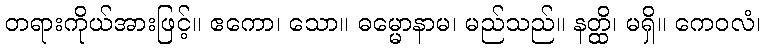
တရားကိုယ်အားဖြင့်။ ဧကော၊ သော။ ဓမ္မောနာမ၊ မည်သည်။ နတ္ထိ၊ မရှိ။ ကေဝလံ၊